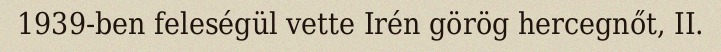
1939-ben feleségül vette Irén görög hercegnőt, II.